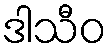
ဒါသီဝ